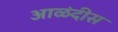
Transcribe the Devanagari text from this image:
आळंदीस